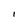
Character: l